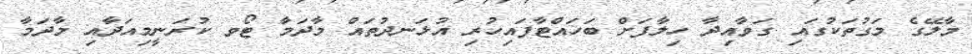
މާލޭގެ މަގުތަކުގައި ގަވާއިދާ ހިލާފަށް ބަހައްޓާފައިހުރި އުޅަނދުތައް މާދަމާ ޓޯވ ކުރަނީމިއަދާއި މާދަމާ